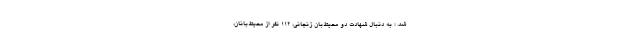
شد. ؛ به دنبال شهادت دو محیط‌بان زنجانی، ۱۱۲ نفر از محیط‌‌بانان،